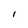
Character: I